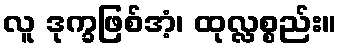
လူ ဒုက္ခဖြစ်အံ့၊ ထုလ္လစ္စည်း။